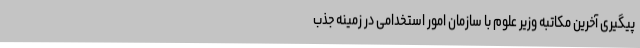
پیگیری آخرین مکاتبه وزیر علوم با سازمان امور استخدامی در زمینه جذب